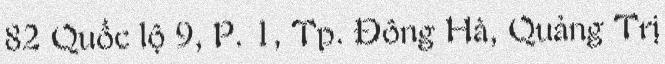
82 Quốc lộ 9, P. 1, Tp. Đông Hà, Quảng Trị